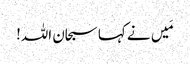
مَیں نے کہا سبحان اللہ!